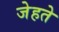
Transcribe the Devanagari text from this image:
जेहते